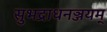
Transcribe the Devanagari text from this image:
सुभद्राधनञ्जयम्